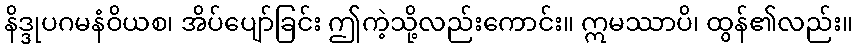
နိဒ္ဒုပဂမနံဝိယစ၊ အိပ်ပျော်ခြင်း ဤကဲ့သို့လည်းကောင်း။ ဣမဿာပိ၊ ထွန်၏လည်း။